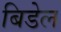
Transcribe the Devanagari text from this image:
बिडेल